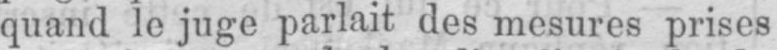
quand le juge parlait des mesures prises